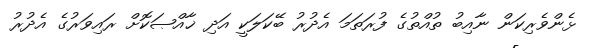
ޅެންވެރިކަން ނާއިބު ތުއްތުގެ ފުރަތަމަ އެދުރު ބޭކަލަކީ އަދި ޚާއްޞަކޮށް ރައިވަރުގެ އެދުރު